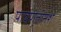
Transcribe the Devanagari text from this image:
पावणेतीनशे